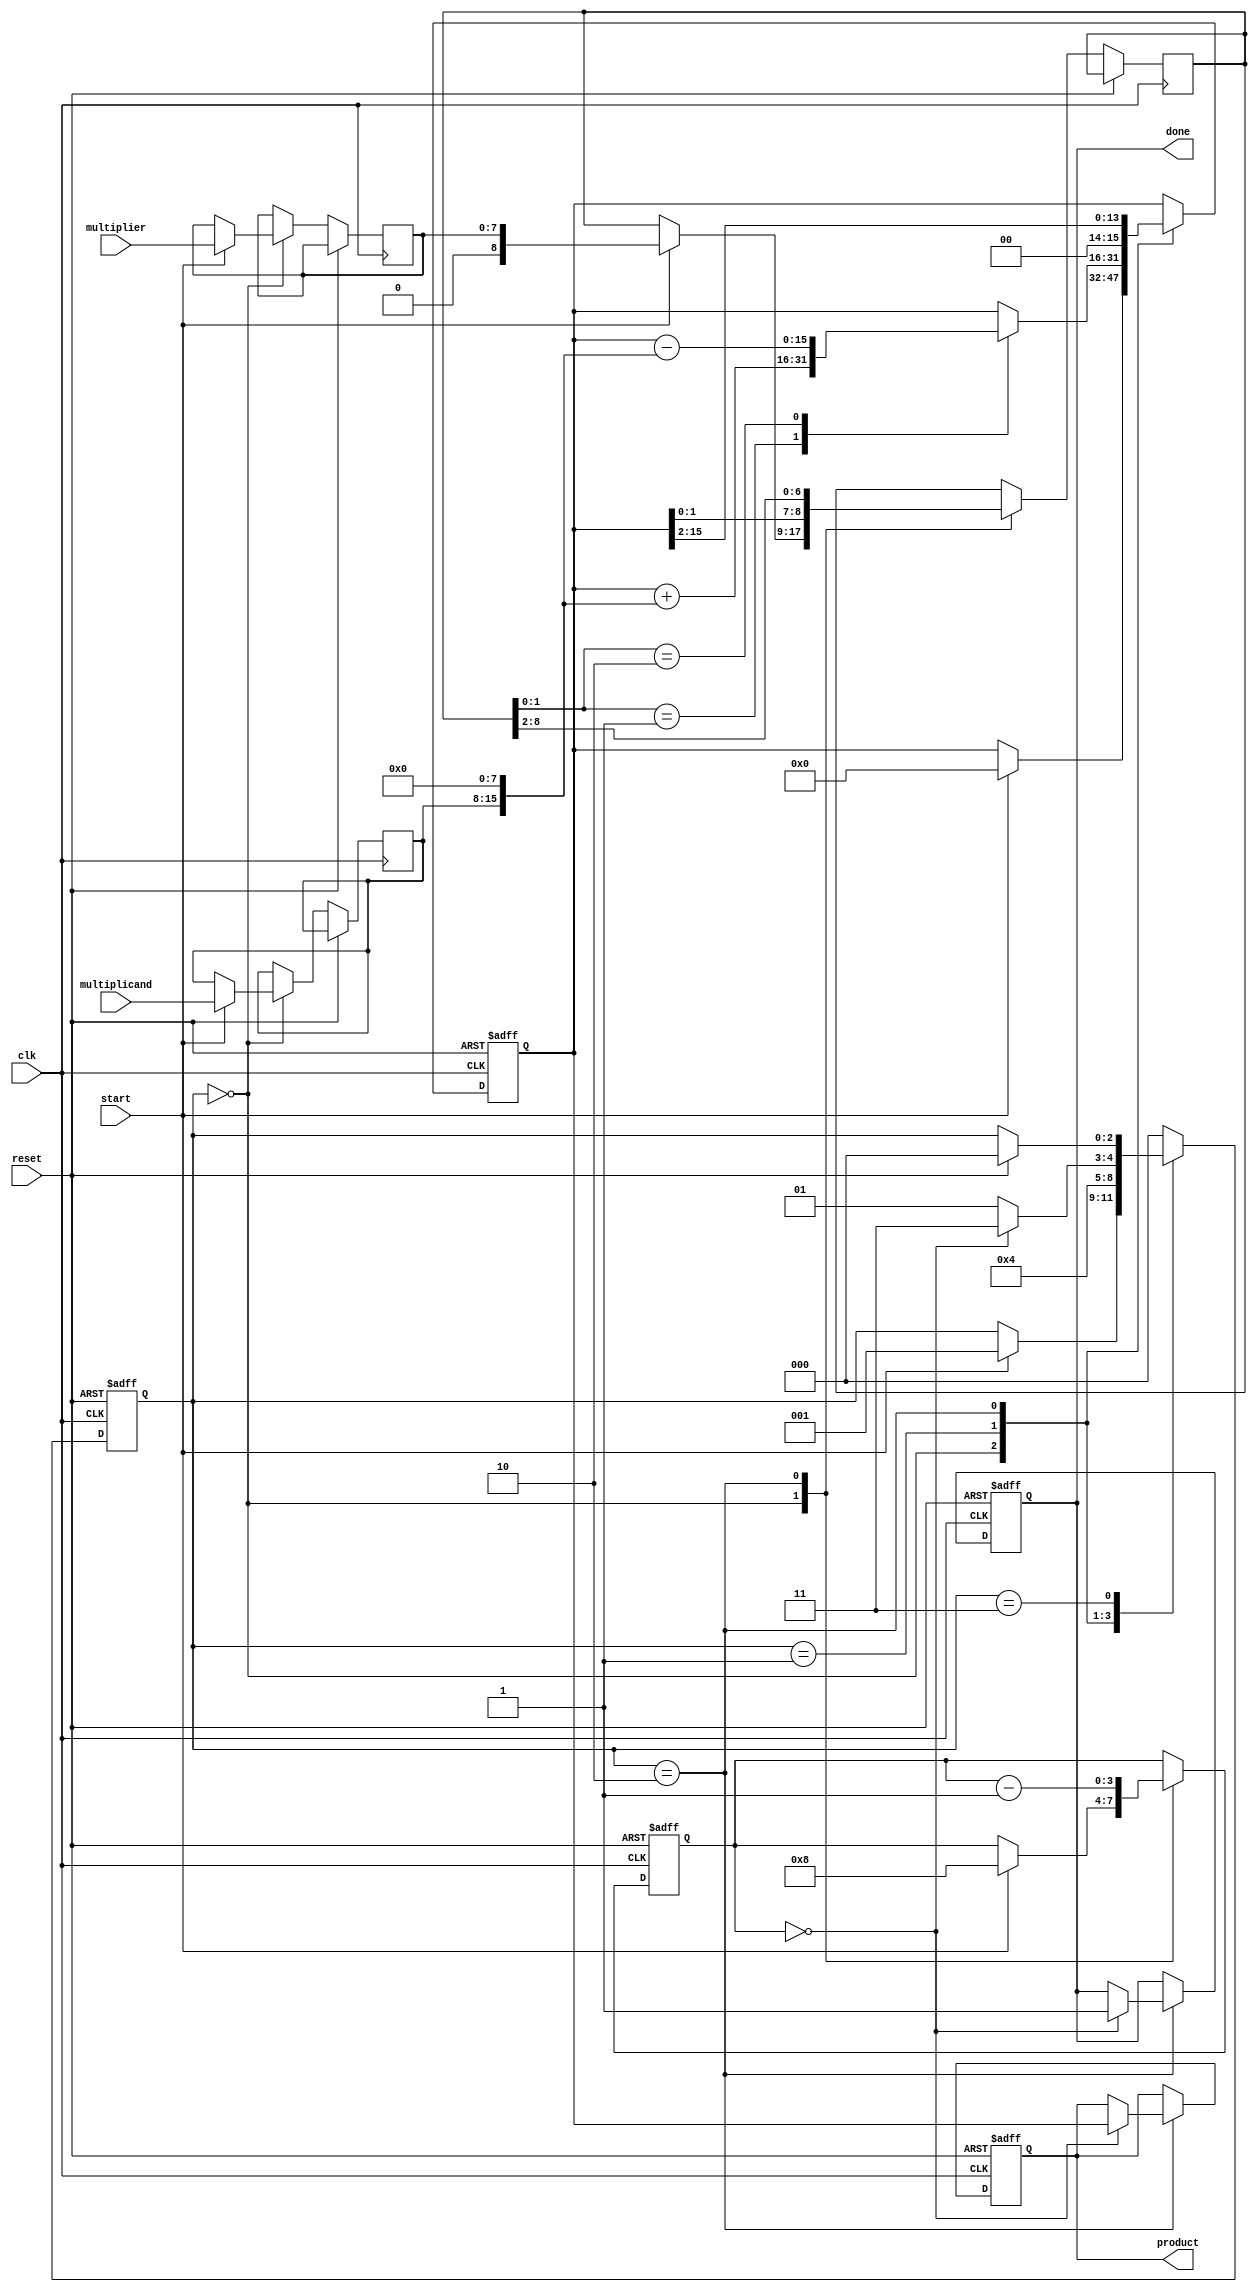
module modified_booth_multiplier #(parameter N = 8) (
    input  wire [N-1:0] multiplicand, // A
    input  wire [N-1:0] multiplier,    // B
    input  wire start,
    input  wire clk,
    input  wire reset,
    output reg [2*N-1:0] product,      // Result of A * B
    output reg done                     // Indicates completion
);

    reg [N-1:0] A;                     // Multiplicand
    reg [N-1:0] B;                     // Multiplier
    reg [N:0] Q;                       // Multiplier with an extra bit for Booth's algorithm
    reg [2*N-1:0] P;                   // Partial product accumulator
    reg [2:0] state;                   // State for FSM
    reg [3:0] count;                   // Count for number of bits processed

    localparam IDLE = 3'b000;
    localparam EXECUTE = 3'b001;
    localparam SHIFT = 3'b010;
    localparam DONE = 3'b011;

    // Booth's encoding and partial product generation
    always @(posedge clk or posedge reset) begin
        if (reset) begin
            state <= IDLE;
            product <= 0;
            done <= 0;
            count <= 0;
            P <= 0;
        end else begin
            case (state)
                IDLE: begin
                    if (start) begin
                        A <= multiplicand;
                        B <= multiplier;
                        Q <= {1'b0, B}; // Extend B with an extra bit
                        P <= 0;
                        count <= N; // Process N bits
                        state <= EXECUTE;
                    end
                end

                EXECUTE: begin
                    case (Q[1:0]) // Check the last two bits of Q
                        2'b00: begin
                            // Do nothing
                        end
                        2'b01: begin
                            P <= P + {A, N'b0}; // Add multiplicand shifted
                        end
                        2'b10: begin
                            P <= P - {A, N'b0}; // Subtract multiplicand shifted
                        end
                        2'b11: begin
                            // Do nothing
                        end
                    endcase
                    state <= SHIFT; // Move to the shift state
                end

                SHIFT: begin
                    // Arithmetic right shift
                    {P, Q} <= {P[2*N-1], P[2*N-2:0], Q[N:2]}; // Shift P and Q
                    count <= count - 1; // Decrease bit count

                    if (count == 0) begin
                        product <= P; // Store the final product
                        done <= 1; // Set done flag
                        state <= DONE; // Move to done state
                    end else begin
                        state <= EXECUTE; // Go back to execute state
                    end
                end

                DONE: begin
                    // Stay in done state until reset
                    if (reset) begin
                        state <= IDLE; // Reset to IDLE
                    end
                end

                default: state <= IDLE; // Safety default
            endcase
        end
    end
endmodule